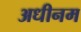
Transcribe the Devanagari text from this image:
अधीनम